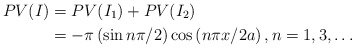
\begin{align*}PV(I) & =PV(I_{1})+PV(I_{2})\\& =-\pi\left( \sin n\pi/2\right) \cos\left( n\pi x/2a\right) ,\text{}n=1,3,\ldots\end{align*}